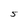
Character: 5